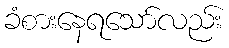
ခံစားနေရသော်လည်း